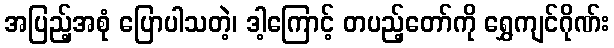
အပြည့်အစုံ ပြောပါသတဲ့၊ ဒါ့ကြောင့် တပည့်တော်ကို ရွှေကျင်ဂိုဏ်း